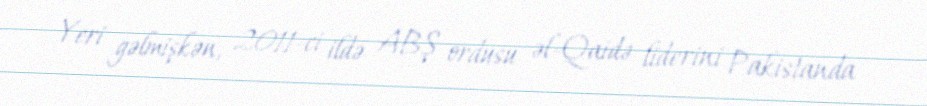
Yeri gəlmişkən, 2011-ci ildə ABŞ ordusu əl-Qaidə liderini Pakistanda